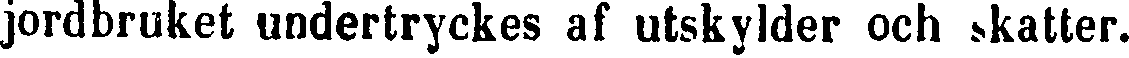
jordbruket undertryckes af utskylder och skatter.